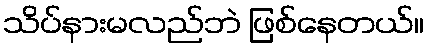
သိပ်နားမလည်ဘဲ ဖြစ်နေတယ်။